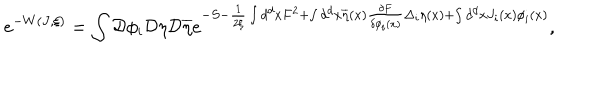
e ^ { - W ( J , \xi ) } = \int { \cal D } \phi _ { i } { \cal D } \eta { \cal D } \overline { { { \eta } } } e ^ { - S - \frac 1 { 2 \xi } \int d ^ { d } x F ^ { 2 } + \int d ^ { d } x \overline { { { \eta } } } ( x ) \frac { \delta F } { \delta \phi _ { i } ( x ) } \Delta _ { i } \eta ( x ) + \int d ^ { d } x J _ { i } ( x ) \phi _ { i } ( x ) } ,